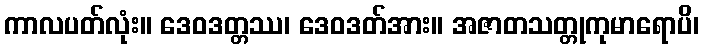
ကာလပတ်လုံး။ ဒေဝဒတ္တဿ၊ ဒေဝဒတ်အား။ အဇာတသတ္တုကုမာရောပိ၊